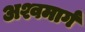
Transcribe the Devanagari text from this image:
अश्वमार्ग